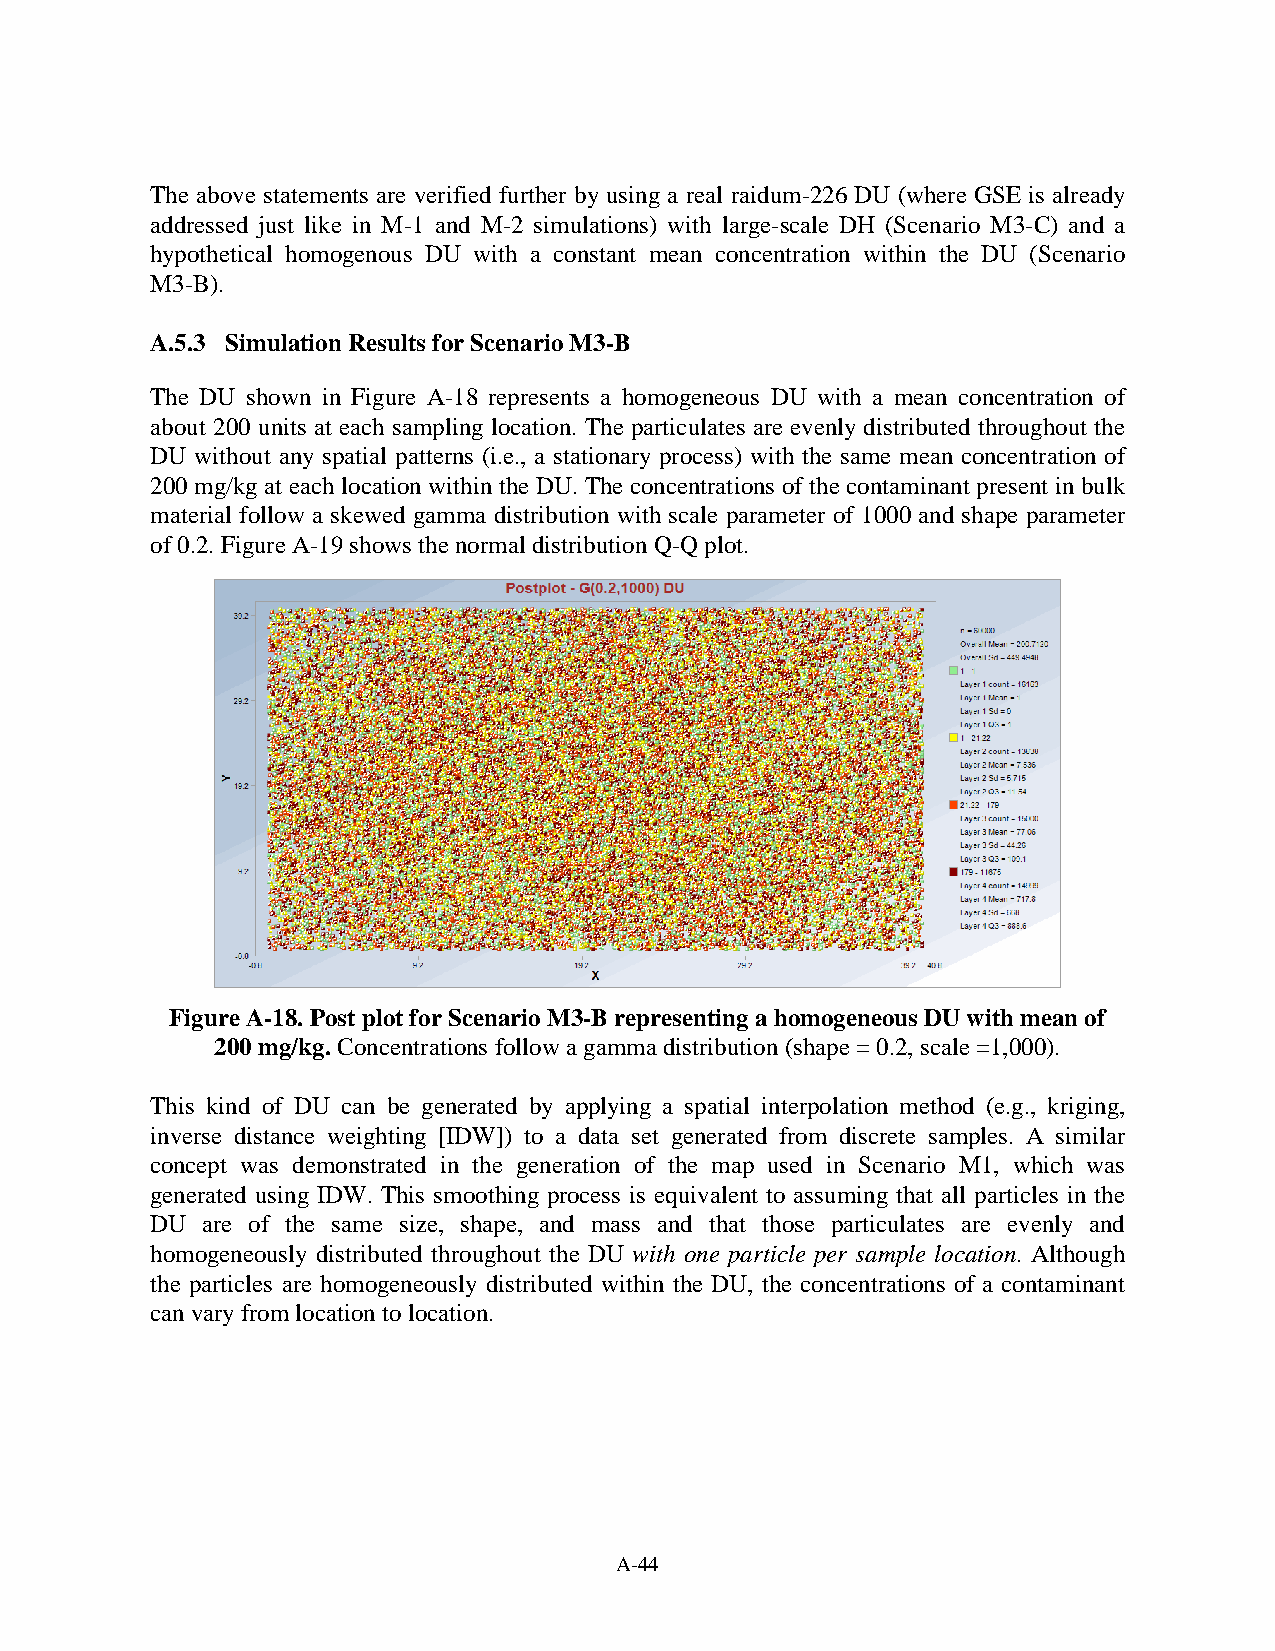
The above statements are verified further by using a real raidum-226 DU (where GSE is already
 addressed just like in M-1 and M-2 simulations) with large-scale DH (Scenario M3-C) and a
 hypothetical homogenous DU with a constant mean concentration within the DU (Scenario
 M3-B).
 A.5.3 Simulation Results for Scenario M3-B
 The DU shown in Figure A-18 represents a homogeneous DU with a mean concentration of
 about 200 units at each sampling location. The particulates are evenly distributed throughout the
 DU without any spatial patterns (i.e., a stationary process) with the same mean concentration of
 200 mg/kg at each location within the DU. The concentrations of the contaminant present in bulk
 material follow a skewed gamma distribution with scale parameter of 1000 and shape parameter
 of 0.2. Figure A-19 shows the normal distribution Q-Q plot.
 Figure A-18. Post plot for Scenario M3-B representing a homogeneous DU with mean of
 200 mg/kg. Concentrations follow a gamma distribution (shape = 0.2, scale =1,000).
 This kind of DU can be generated by applying a spatial interpolation method (e.g., kriging,
 inverse distance weighting [IDW]) to a data set generated from discrete samples. A similar
 concept was demonstrated in the generation of the map used in Scenario M1, which was
 generated using IDW. This smoothing process is equivalent to assuming that all particles in the
 DU are of the same size, shape, and mass and that those particulates are evenly and
 homogeneously distributed throughout the DU with one particle per sample location. Although
 the particles are homogeneously distributed within the DU, the concentrations of a contaminant
 can vary from location to location.
 A-44